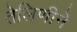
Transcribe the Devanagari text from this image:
तेलिणीने